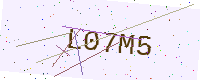
Text: L07M5